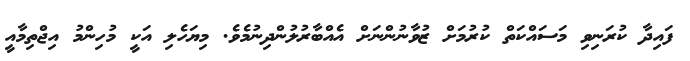
ފައިދާ ކުރަނިވި މަސައްކަތް ކުރުމަށް ޒުވާނުންނަށް އެއްބާރުލުންދިނުމެވެ. މިޔަހެލި އަކީ މުހިންމު އިޖްތިމާއީ